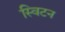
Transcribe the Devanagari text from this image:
स्विटन